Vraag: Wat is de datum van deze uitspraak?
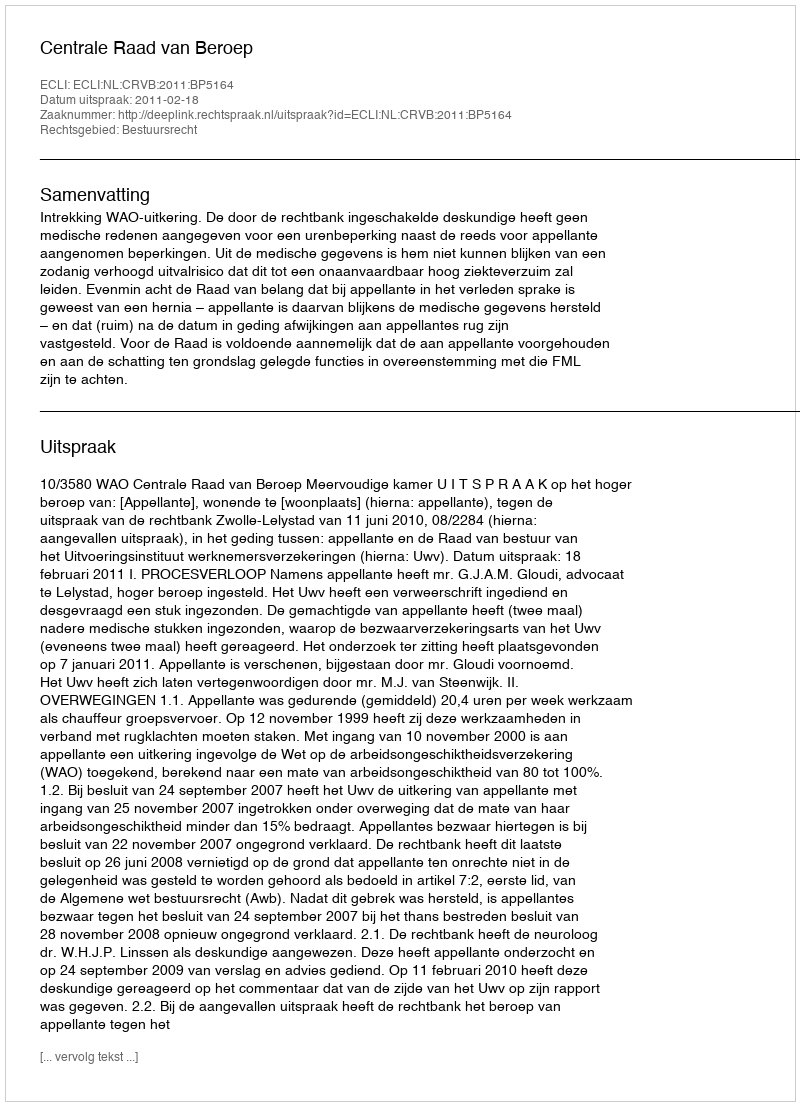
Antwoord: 2011-02-18